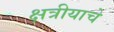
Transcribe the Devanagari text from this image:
क्षत्रीयाचे